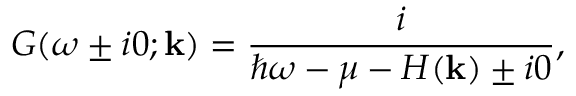
G ( \omega \pm i 0 ; \mathbf { k } ) = \frac { i } { \hbar \omega - \mu - H ( \mathbf { k } ) \pm i 0 } ,